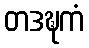
တဒဍ္ဎကံ